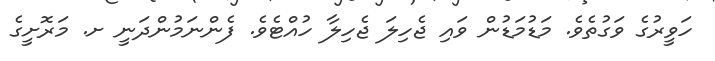
ހަވީރުގެ ވަގުތެވެ. މަޑުމަޑުން ވައި ޖެހިލަ ޖެހިލާ ހުއްޓެވެ. ފެންނަމުންދަނީ ށ. މަރޮށީގެ